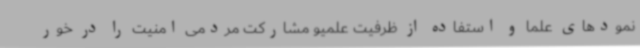
نمودهای علما و استفاده از ظرفیت علمیو مشارکت مردمی امنیت را در خور